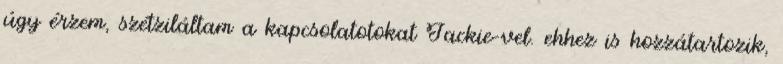
úgy érzem, szétziláltam a kapcsolatotokat Jackie-vel. ehhez is hozzátartozik,